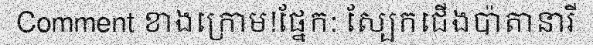
Comment ខាងក្រោម!ផ្នែក: ស្បែកជើងប៉ាតានារី